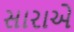
સારાએ